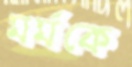
মর্মকে